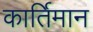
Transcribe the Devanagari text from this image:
कार्तिमान